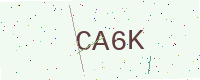
Text: CA6K